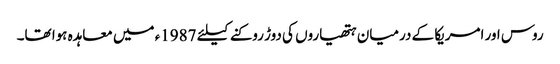
روس اور امریکا کے درمیان ہتھیاروں کی دوڑ روکنے کیلئے 1987ء میں معاہدہ ہوا تھا۔